Vabadussoja_Ajaloo_Komitee, lk 15
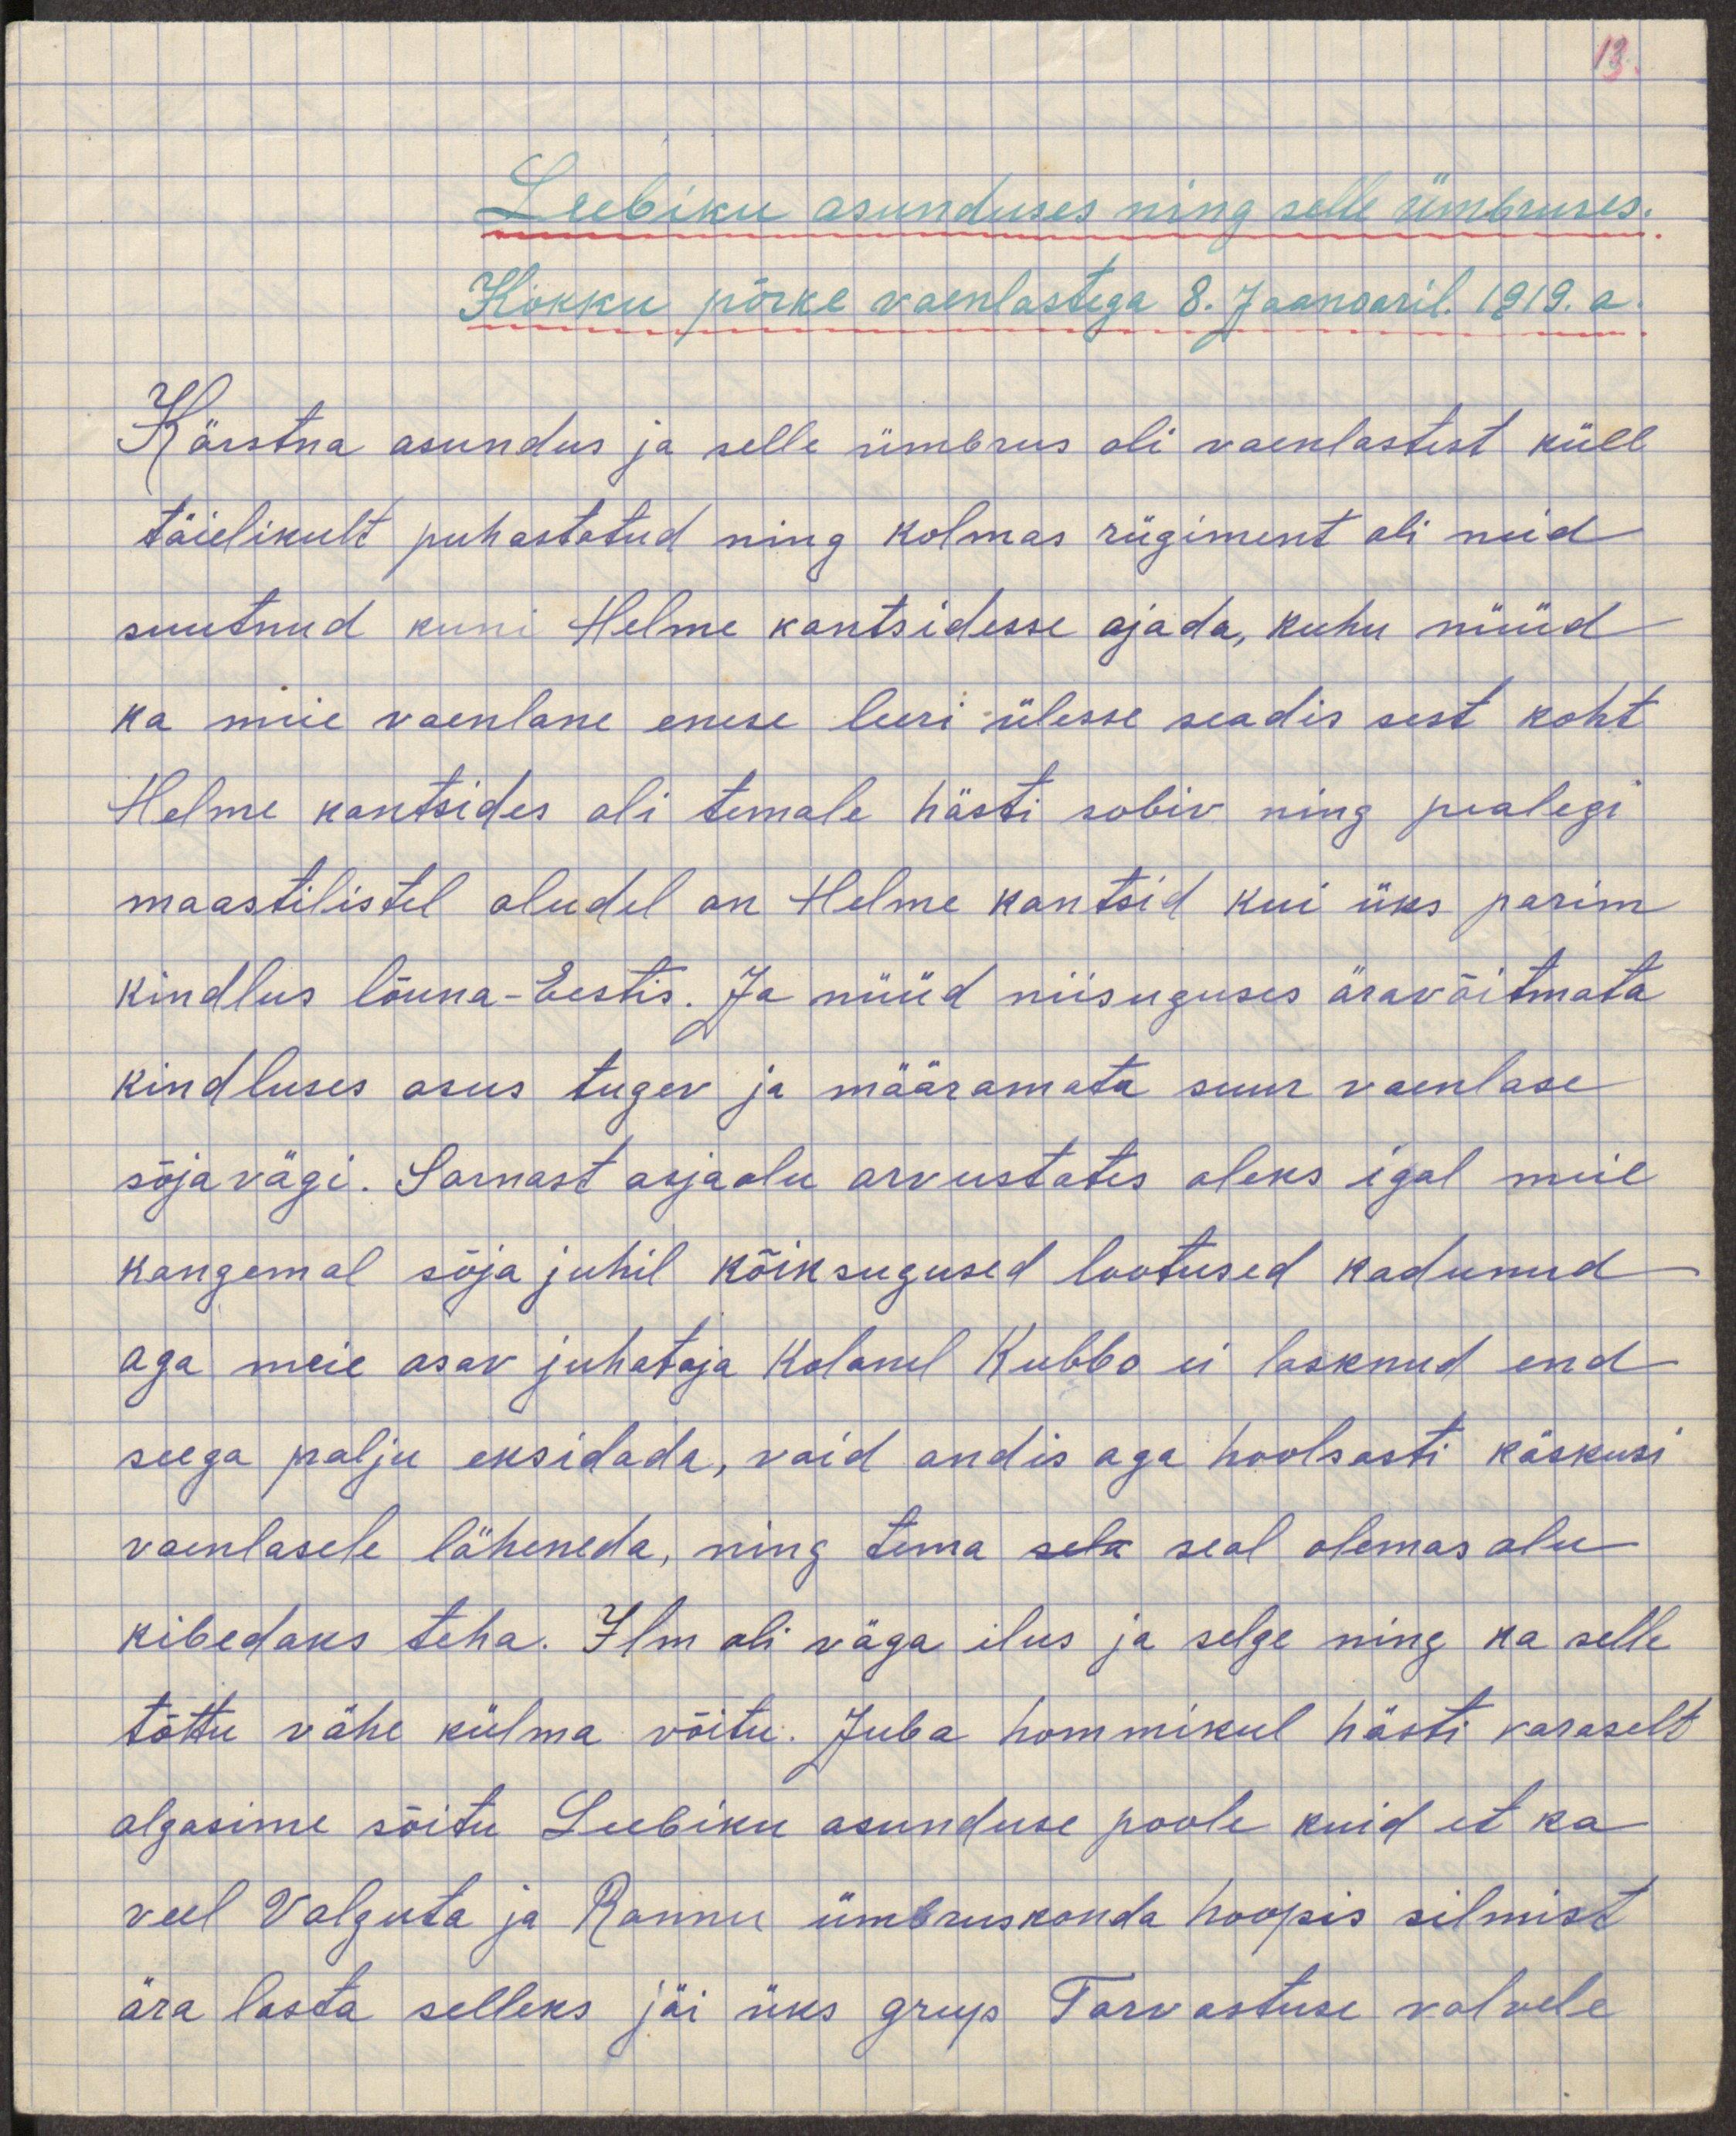
Leebiku asunduses ning selle ümbruses.
Kokku põrke vaenlastega 8. Jaanuaril 1919.a 
Kärstna asunduses ja selle ümbrus oli vaenlastest küll
täielikult puhastatud ning kolmas rügiment oli neid
suutund kuni Helme kantsidesse ajada, kuhu nüüd
ka meie vaenlane enese leeri ülesse seadis sest koht
Helme kantsides oli temale hästi sobiv ning pealegi
maastilistel oludel on Helme kantsid kui üks parim
kindlus lõuna-Eestis. Ja nüüd niisuguses äravõitmata
kindluses asus tugev ja määramata suur vaenlase
sõjavägi. Sarnast asjaolu arvestades oleks igal meie
kangemal sõja juhil kõiksugused lootused kadunud
aga meie osav juhataja kolonel Kubbo ei lasknud end
seega palju eksidada, vaid andis aga hoolsasti käskusi
vaenlasele läheneda, ning tema sela seal olemas olu
kibedaks teha. Ilm oli väga ilus ja selge ning ka selle
tõttu vähe külma võitu. Juba hommikul hästi varaselt
algasime sõitu Leebiku asunduse poole kuid et ka 
veel Valguta ja Rannu ümbruskonda hoopis silmist
ära lasta selleks jäi üks grup Tarvastuse valvele